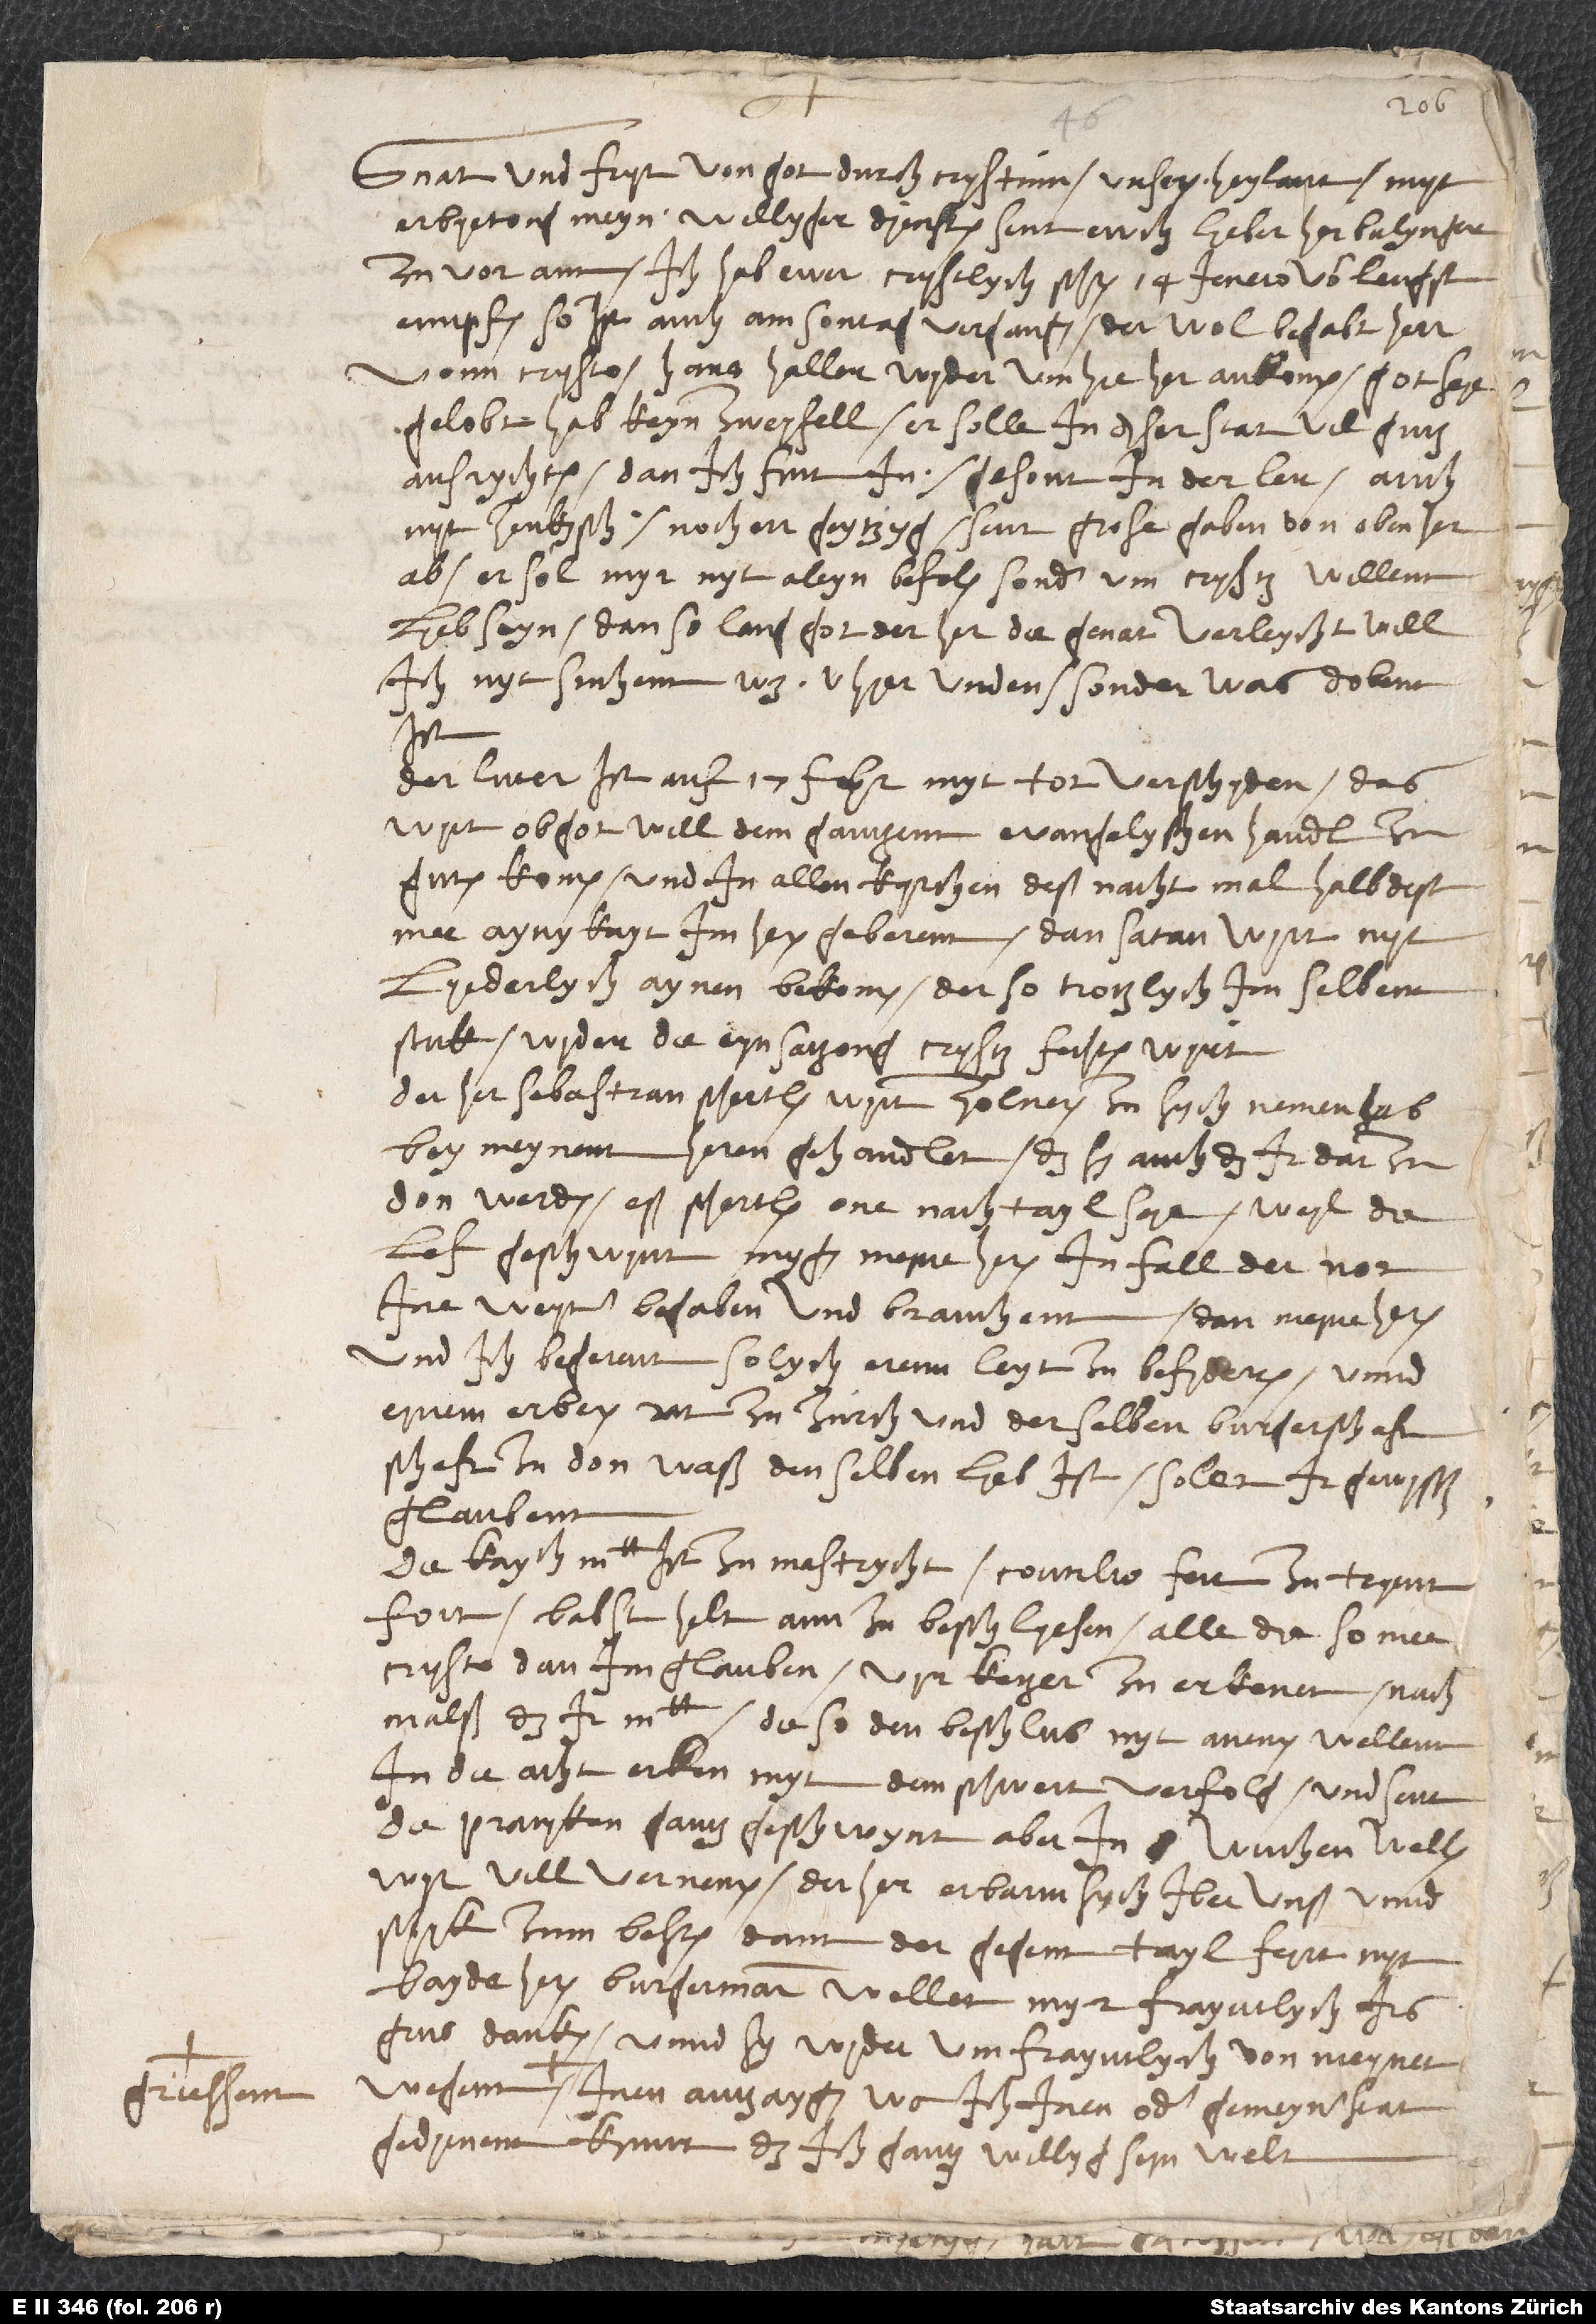
Gnat und fryt von got durch Crystum, unseren heylannt, myt
erbyetong meyn willyger diensten sint ewch, lieber her Bulynger,
zuvorann. Ich hab ewer crystlych schryben 14. jeners vorlengst
empfahen. So ist auch am sontag vergangen der wolbegabt herr
vonn Crysto, Hans Haller, wyderum hieher ankomen. Got seie
gelobt! Hab keyn zweyfell, er solle in diser stat vil gutz
ausrychten; dan ich fint in gesont in der ler, auch
nyt zenkysch, noch errgeytzyg. Sint grose gaben von oben herab.
Er sol myr nyt aleyn befolen, sonder um Crysti willenn
lieb seyn; dan so lang got der her die genat verleycht, will
ich nyt suchenn, was von hier unden, sonder was dobent
ist.
Der Luter ist auf 17. februarii myt tot verschyden. Das
wyrt, ob got will, dem gantzenn evangelyschen handl zu
guten komen und in allen kyrchen deß nachtmal halb dest
mee aynykayt im heren geberenn; dan satan wyrt nyt
lyederlych aynen bekomen, der so trotzlych im selbenn
stuk wyder die eynsatzong Crysti fechten wyrt.
Der her Sebastian Schertlen wyrt Zolneren zu sych nemen. Hab
bey meynenn heren gehandlet, das sy auch das ir darzu
don werden, eß Schertlen one nachtayl seie. Weyl die
lef geschwynt, mygen meine heren in fall der not
ine weyter begaben und brauchenn; dan meine heren
und ich begerenn solych erennleyt zu befiderren, unnd
eynem erberen rat zu Zurch und derselben burgerschaft
waß denselben lieb ist. Solen ir gewysß
glaubenn.
Die kay. mt. ist zu Mastrycht. Concilio fert zu Tryent
fort. Babst helt ann zu beschlyesen, alle die, so mee
Crysto dan im glauben, vyr ketzer zu erkenen; nachmalß
in die acht erken, myt dem schwert verfolg. Und sint
die pratyken gantz geschwynt. Aber in 1 wuchen wellen
wyr vill vernemen. Der her erbarm sych iber unß unnd
schyk zum besten; dann der gegenntayl feyrt nyt.
Bayde heren burgermaister wellet myr frayntlych irs
grus danken unnd sy wyderum frayntlych von meynet
inen antzaygen, wo ich inen oder gemeyner stat
gedyenenn kynnt, das ich gantz willyg seyn welt.